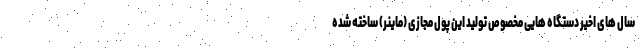
سال های اخیر دستگاه هایی مخصوص تولید این پول مجازی (ماینر) ساخته شده